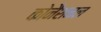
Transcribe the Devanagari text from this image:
कोनैशनल